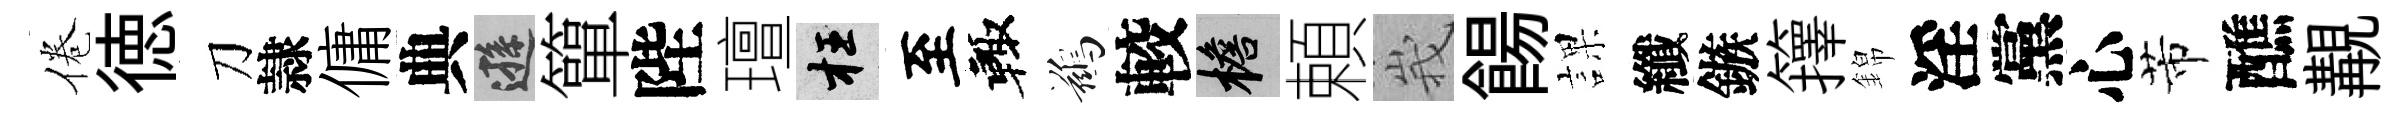
倦徳刀隷傭典遜簞陛璮枉至輙鷀較檐頼峩餳課纖鏃籜錦淫黨心芾醮覯